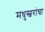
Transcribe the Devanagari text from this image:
मधुस्वरांचा